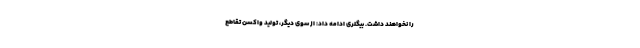
را نخواهند داشت. بیگلری ادامه داد: از سوی دیگر، تولید واکسن تقاطع